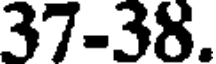
37-38.